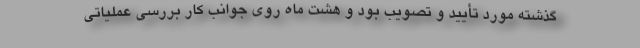
گذشته مورد تأیید و تصویب بود و هشت ماه روی جوانب کار بررسی عملیاتی